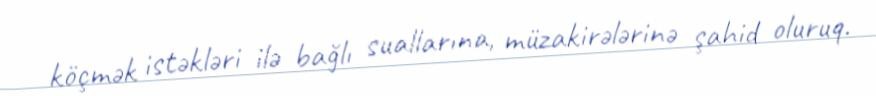
köçmək istəkləri ilə bağlı suallarına, müzakirələrinə şahid oluruq.